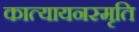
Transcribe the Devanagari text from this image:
कात्यायनस्मृति